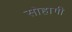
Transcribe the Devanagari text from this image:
सोहागी